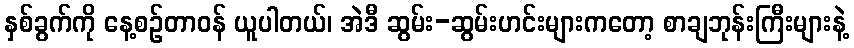
နှစ်ခွက်ကို နေ့စဉ်တာဝန် ယူပါတယ်၊ အဲဒီ ဆွမ်း-ဆွမ်းဟင်းများကတော့ စာချဘုန်းကြီးများနဲ့